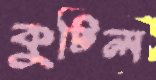
কুটিল